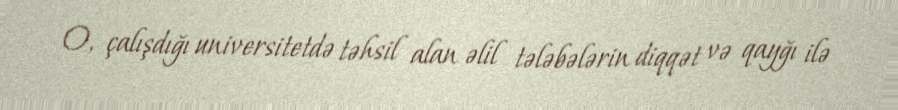
O, çalışdığı universitetdə təhsil alan əlil tələbələrin diqqət və qayğı ilə